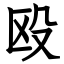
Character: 殴